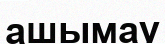
ашымау